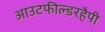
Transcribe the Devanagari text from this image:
आउटफील्डरहैपी